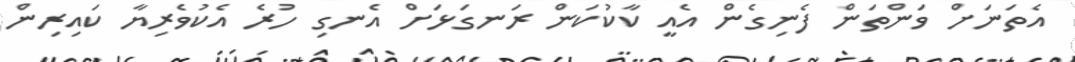
އެތަނަށް ވަންތަން ފެނިގެން އެއީ ކާކުކަން ރަނގަޅަށް އެނގި ހުރެ އެކުވެރިޔާ ކައިރިން